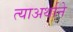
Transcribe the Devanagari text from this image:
त्याअर्थाने